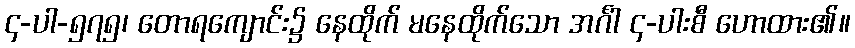
၄-ပါ-၅၇၅၊ တောရကျောင်း၌ နေထိုက် မနေထိုက်သော အင်္ဂါ ၄-ပါးစီ ဟောထား၏။